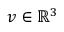
v \in \mathbb { R } ^ { 3 }